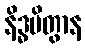
နိဒ္ဓမိတွာန